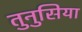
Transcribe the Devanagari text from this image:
तुनुसिया